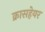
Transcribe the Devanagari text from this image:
क्रासहेयर